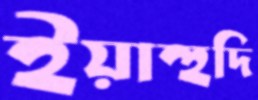
ইয়াহুদি